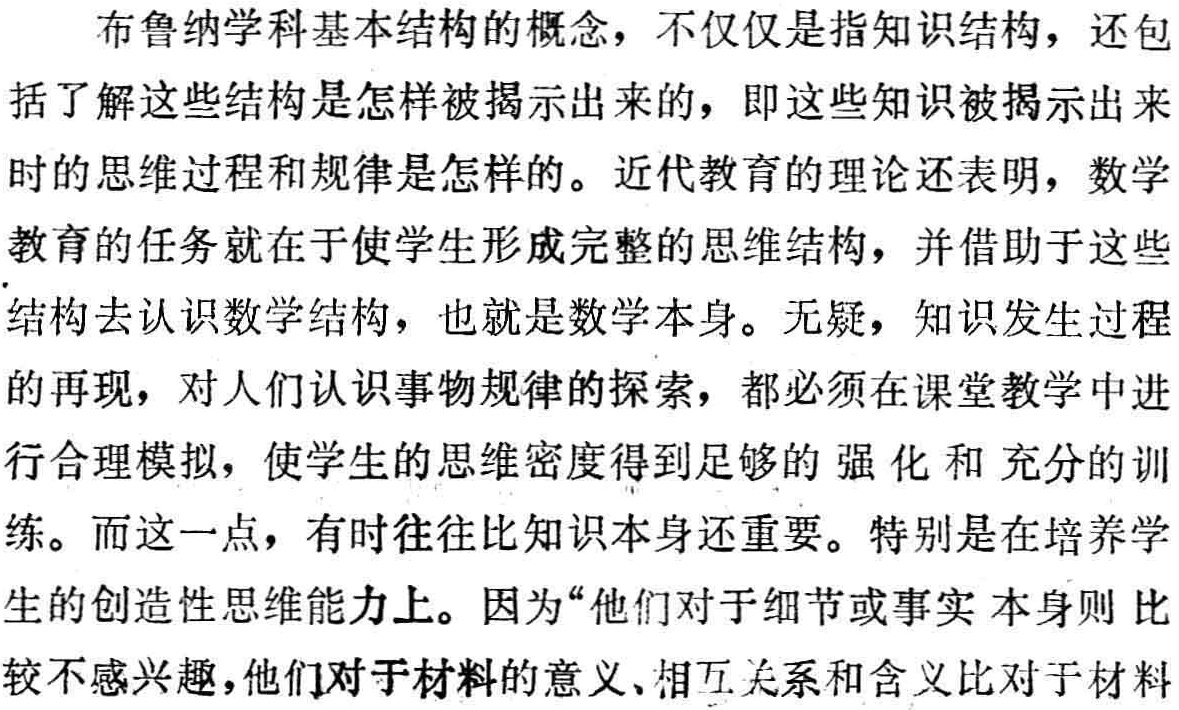
布鲁纳学科基本结构的概念，不仅仅是指知识结构，还包括了解这些结构是怎样被揭示出来的，即这些知识被揭示出来时的思维过程和规律是怎样的。近代教育的理论还表明，数学教育的任务就在于使学生形成完整的思维结构，并借助于这些结构去认识数学结构，也就是数学本身。无疑，知识发生过程的再现，对人们认识事物规律的探索，都必须在课堂教学中进行合理模拟，使学生的思维密度得到足够的强化和充分的训练。而这一点，有时往往比知识本身还重要。特别是在培养学生的创造性思维能力上。因为“他们对于细节或事实本身则比较不感兴趣，他们对于材料的意义、相互关系和含义比对于材料